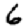
Digit: 6